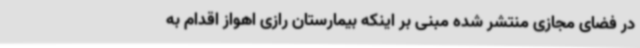
در فضای مجازی منتشر شده مبنی بر اینکه بیمارستان رازی اهواز اقدام به